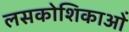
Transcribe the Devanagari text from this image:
लसकोशिकाओं